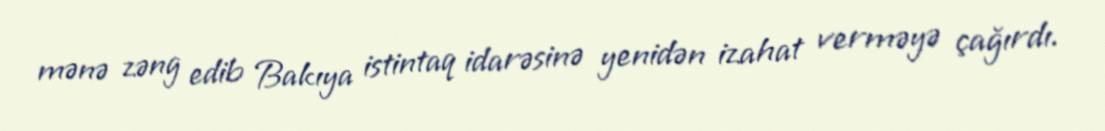
mənə zəng edib Bakıya istintaq idarəsinə yenidən izahat verməyə çağırdı.